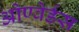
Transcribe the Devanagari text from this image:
ओण्वेर्डस